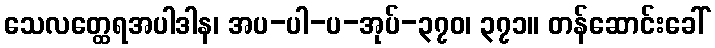
သေလတ္ထေရအပါဒါန၊ အပ-ပါ-ပ-အုပ်-၃၇၀၊ ၃၇၁။ တန်ဆောင်းခေါ်